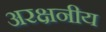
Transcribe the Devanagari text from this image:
अरक्षनीय